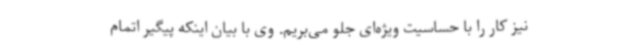
نیز کار را با حساسیت ویژه‌ای جلو می‌بریم. وی با بیان اینکه پیگیر اتمام